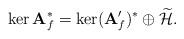
LaTeX: \begin{align*} \ker \textbf{A}_f^*= \ker (\textbf{A}'_f)^*\oplus \widetilde{\mathcal{H}}.\end{align*}